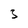
Character: 3